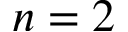
n = 2